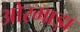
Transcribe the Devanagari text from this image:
ओरमाड़ा